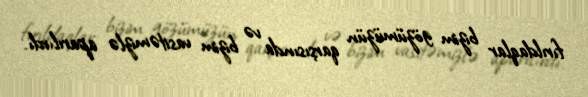
fırıldaqlar bizim gözümüzün qarşısında və bizim vasitəmizlə aparılırdı.